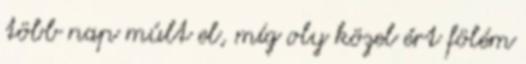
több nap múlt el, míg oly közel ért fölém